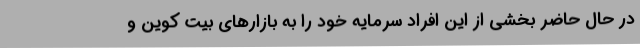
در حال حاضر بخشی از این افراد سرمایه خود را به بازارهای بیت کوین و